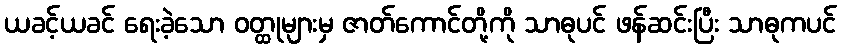
ယခင့်ယခင် ရေးခဲ့သော ဝတ္ထုများမှ ဇာတ်ကောင်တို့ကို သာဓုပင် ဖန်ဆင်းပြီး သာဓုကပင်